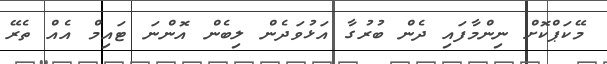
މޭކަޕްކޮށް ނިންމާފައި ދެން ބުރުގާ އަޅުވަދެން ލިބެން އޮންނަ ޓައިމް އެއް ތެރޭ